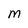
Character: M